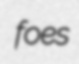
foes